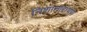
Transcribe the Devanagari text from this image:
निशानारायण